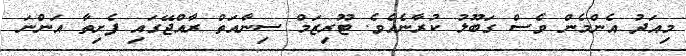
މިއަދު އެންމެން ވެސް ގަބޫލު ކުރާނެއެވެ. ޓޫރިޒަމް ސިނާއަތް ރާއްޖޭގައި ފެށިތާ އަންނަ